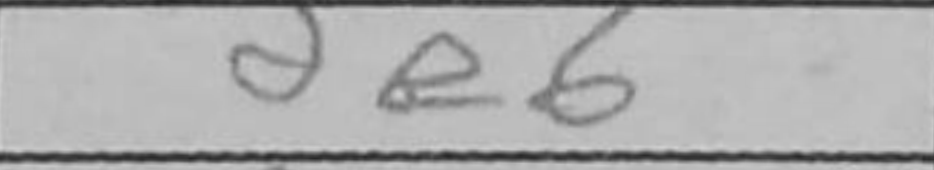
Transcription: e6